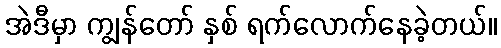
အဲဒီမှာ ကျွန်တော် နှစ် ရက်လောက်နေခဲ့တယ်။